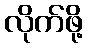
လိုက်ဖို့